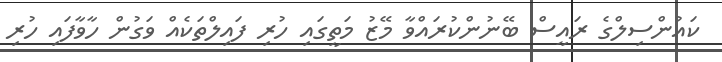
ކައުންސިލްގެ ރައީސް ބޭނުންކުރައްވާ މޭޒު މަތީގައި ހުރި ފައިލްތަކެއް ވަގުން ހާވާފައި ހުރި